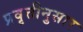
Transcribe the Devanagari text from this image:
प्रवृत्तीनुसार